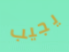
يجيب